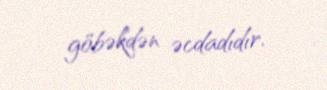
göbəkdən əcdadıdır.